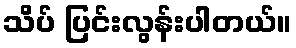
သိပ် ပြင်းလွန်းပါတယ်။